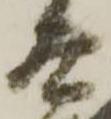
太